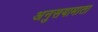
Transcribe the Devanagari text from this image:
अनुसयामाता